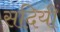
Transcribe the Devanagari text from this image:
सदियीं